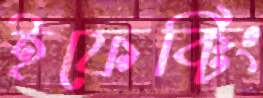
ইফেক্টিং